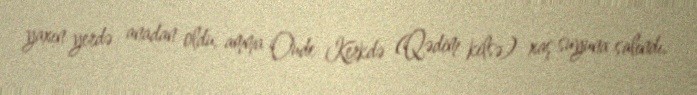
yaxın yerdə anadan oldu, amma Oude Kerkdə (Qədim kilsə) xaş suyuna salındı.